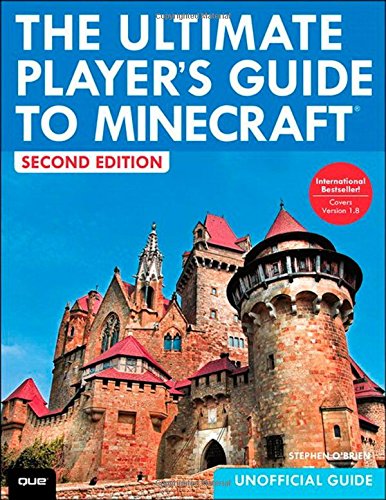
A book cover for The Ultimate Player's Guide to Minecraft (2nd Edition); Stephen O'Brien; Humor & Entertainment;